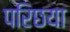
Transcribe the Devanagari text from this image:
परिछया